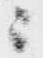
ニ